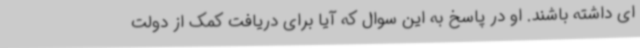
ای داشته باشند. او در پاسخ به این سوال که آیا برای دریافت کمک از دولت